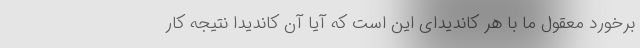
برخورد معقول ما با هر کاندیدای این است که آیا آن کاندیدا نتیجه کار